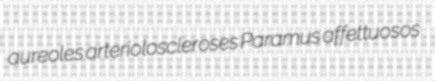
aureoles arterioloscleroses Paramus affettuosos